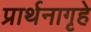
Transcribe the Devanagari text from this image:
प्रार्थनागृहे